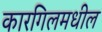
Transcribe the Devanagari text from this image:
कारगिलमधील